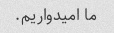
ما امیدواریم.